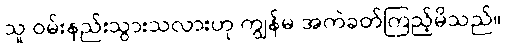
သူ ဝမ်းနည်းသွားသလားဟု ကျွန်မ အကဲခတ်ကြည့်မိသည်။